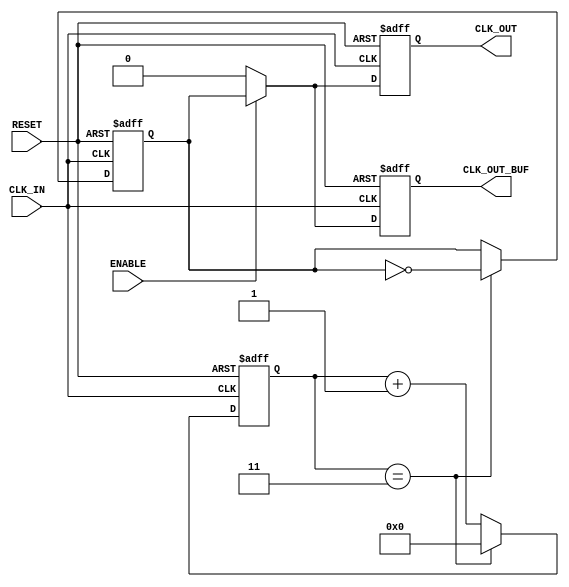
module ClockDividerBuffer #(
    parameter N = 4               // Division factor (default 4)
)(
    input wire CLK_IN,           // Input clock signal
    input wire RESET,            // Reset signal
    input wire ENABLE,           // Enable signal for clock output
    output reg CLK_OUT,          // Divided clock output
    output reg CLK_OUT_BUF       // Buffered clock output
);

    reg [31:0] counter;          // Counter to track clock cycles
    reg clk_div;                 // Divided clock signal

    // Generate divided clock signal
    always @(posedge CLK_IN or posedge RESET) begin
        if (RESET) begin
            counter <= 0;
            clk_div <= 0;
        end else begin
            if (counter == (N - 1)) begin
                clk_div <= ~clk_div; // Toggle the divided clock
                counter <= 0;        // Reset counter
            end else begin
                counter <= counter + 1; // Increment counter
            end
        end
    end

    // Generate the output clock with buffering
    always @(posedge CLK_IN or posedge RESET) begin
        if (RESET) begin
            CLK_OUT <= 0;
            CLK_OUT_BUF <= 0;
        end else if (ENABLE) begin
            CLK_OUT <= clk_div;          // Assign divided clock to output
            CLK_OUT_BUF <= clk_div;      // Buffering the output
        end else begin
            CLK_OUT <= 0;                // Disable output when not enabled
            CLK_OUT_BUF <= 0;            // Disable buffered output
        end
    end

endmodule